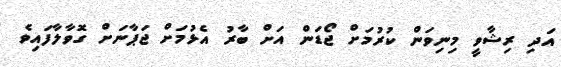
އަދި ރިޝާވީ މިނިވަން ކުރުމަށް ޖޯޑަން އަށް ބާރު އެޅުމަށް ޖަޕާނަށް ގޮވާލާފައިވެ